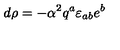
d \rho = - { \alpha } ^ { 2 } q ^ { a } \varepsilon _ { a b } e ^ { b }